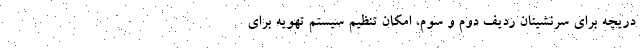
دریچه برای سرنشینان ردیف دوم و سوم، امکان تنظیم سیستم تهویه برای